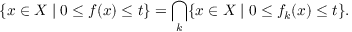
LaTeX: \{ x \in X \mid 0 \leq f ( x ) \leq t \} = \bigcap _ { k } \{ x \in X \mid 0 \leq f _ { k } ( x ) \leq t \} .